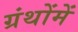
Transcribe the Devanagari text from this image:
ग्रंथोंमें